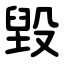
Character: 毀